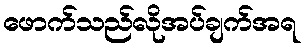
ဖောက်သည်လိုအပ်ချက်အရ